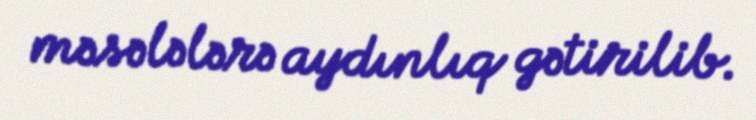
məsələlərə aydınlıq gətirilib.